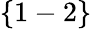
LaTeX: \{ 1-2\}